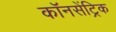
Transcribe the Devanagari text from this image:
कॉनसेंट्रिक